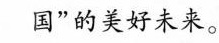
国”的美好未来。